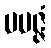
ပပဇ္ဇံ